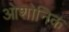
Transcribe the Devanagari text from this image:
ओशोनिक